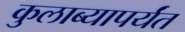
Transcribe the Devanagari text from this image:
कुलाब्यापर्यंत